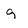
Character: g